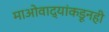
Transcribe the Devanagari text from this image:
माओवाद्यांकडूनही